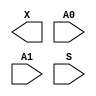
module sky130_fd_sc_lp__udp_mux_2to1 (
    X ,
    A0,
    A1,
    S
);

    output X ;
    input  A0;
    input  A1;
    input  S ;
endmodule